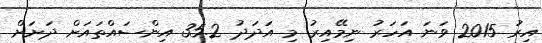
އިރު 2015 ވަނަ އަހަރު ނިމޭއިރު މި އަދަދު 35.2 އިންސައްތައަށް ދަށަށް